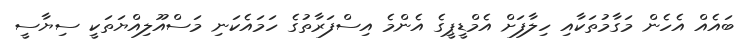
ބައެއް އެހެން މަގާމުތަކާއި ހިލާފަށް އެމްޑީޕީގެ އެންމެ އިސްފަރާތުގެ ހަމައެކަނި މަސްއޫލިއްޔަތަކީ ސިޔާސީ